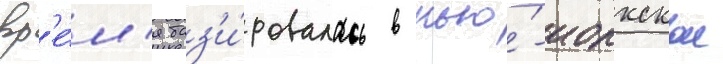
вр'е́м'я баз'и́ровалась в нью́-иоркскои